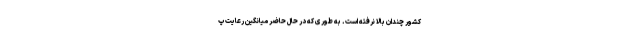
کشور چندان بالا نرفته است. به طوری که در حال حاضر میانگین رعایت پ